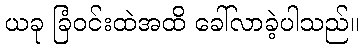
ယခု ခြံဝင်းထဲအထိ ခေါ်လာခဲ့ပါသည်။